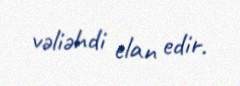
vəliəhdi elan edir.